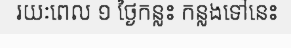
រយៈពេល ១ ថ្ងៃកន្លះ កន្លងទៅនេះ